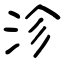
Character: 沴